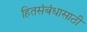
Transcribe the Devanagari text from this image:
हितसंबंधासाठी